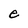
Character: e